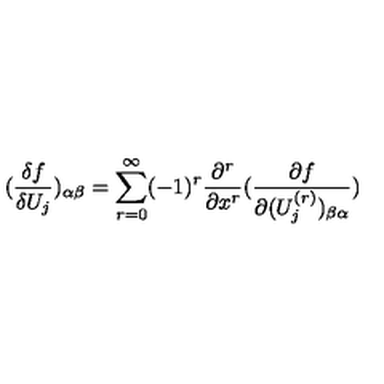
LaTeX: ( \frac { \delta f } { \delta U _ { j } } ) _ { \alpha \beta } = \sum _ { r = 0 } ^ { \infty } ( - 1 ) ^ { r } \frac { \partial ^ { r } } { \partial x ^ { r } } ( \frac { \partial f } { \partial ( U _ { j } ^ { ( r ) } ) _ { \beta \alpha } } )